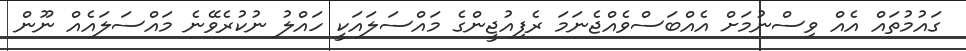
ގައުމުތައް އެއް ވިސްނުމަށް އެއްބަސްވެއްޖެނަމަ ރެފިއުޖީންގެ މައްސަލައަކީ ހައްލު ނުކުރެވޭނެ މައްސަލައެއް ނޫން